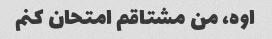
اوه، من مشتاقم امتحان کنم